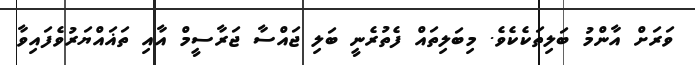
ވަރަށް އާންމު ބަލިތަކެކެވެ. މިބަލިތައް ފެތުރެނީ ބަލި ޖައްސާ ޖަރާސީމް އާއި ތަޣައްޔަރުވެފައިވާ